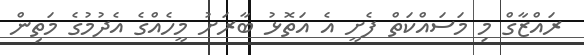
ރައްޒާގް މި މަސައްކަތް ފެށީ އެ އަތޮޅު ބާރަށު މީހެއްގެ އެދުމުގެ މަތިން